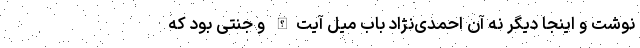
نوشت و اینجا دیگر نه آن احمدی‌نژاد باب میل آیت‌الله و جنتی بود که